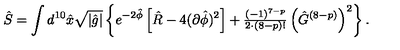
\hat { S } = \int d ^ { 1 0 } \hat { x } \sqrt { | \hat { g } | } \left\{ e ^ { - 2 \hat { \phi } } \left[ \hat { R } - 4 ( \partial \hat { \phi } ) ^ { 2 } \right] + { \textstyle \frac { ( - 1 ) ^ { 7 - p } } { 2 \cdot ( 8 - p ) ! } } \left( \hat { G } ^ { ( 8 - p ) } \right) ^ { 2 } \right\} .